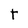
Character: t